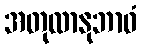
အတုလာနုဘာဝံ